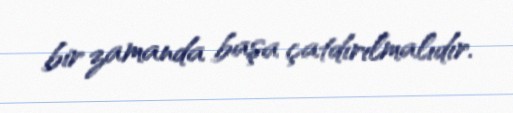
bir zamanda başa çatdırılmalıdır.